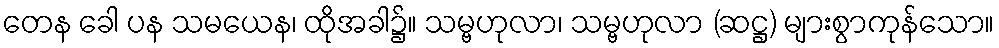
တေန ခေါ ပန သမယေန၊ ထိုအခါ၌။ သမ္ဗဟုလာ၊ သမ္ဗဟုလာ (ဆဋ္ဌ) များစွာကုန်သော။